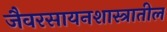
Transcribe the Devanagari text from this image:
जैवरसायनशास्त्रातील